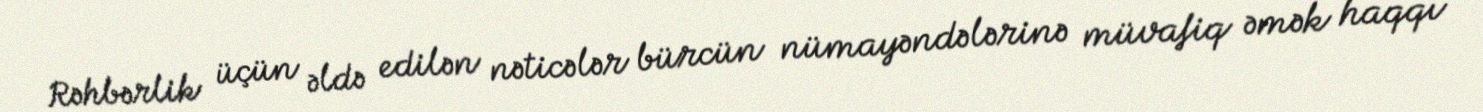
Rəhbərlik üçün əldə edilən nəticələr bürcün nümayəndələrinə müvafiq əmək haqqı